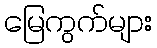
မြေကွက်များ